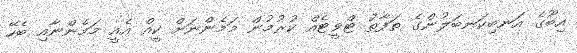
އިބޫގެ އަނބިކަނބަލުންގެ ތަފާތު ޓްވީޓެއް ކުރުމުން މަމެންނަށް ކީއް އެއީ މަމެންނާއި ބެހޭ